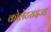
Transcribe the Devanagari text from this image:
कोलेटराइज्ड